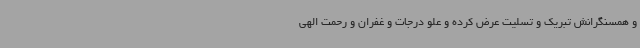
و همسنگرانش تبریک و تسلیت عرض کرده و علو درجات و غفران و رحمت الهی